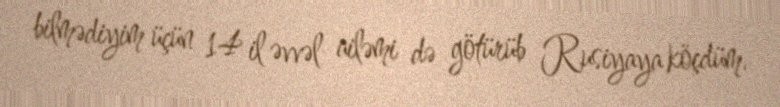
bilmədiyim üçün 14 il əvvəl ailəmi də götürüb Rusiyaya köçdüm.